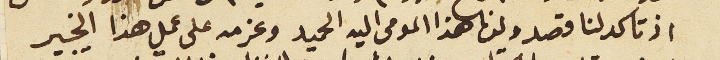
اذ تاكد لنا قصد ولدنا هذا المومى اليه الحميد وعزمه على عمل هذا الخير